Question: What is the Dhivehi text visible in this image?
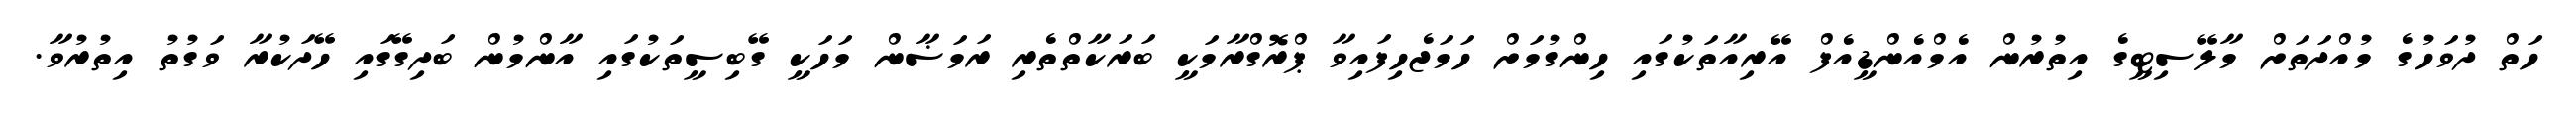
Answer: ހަތް ދުވަހުގެ މުއްދަތަށް މާލޭސިޓީގެ އިތުރުން އެމްއެންޑީއެފް އޭރިއާތަކުގައި ހިންގުމަށް ހަމަޖެހިފައިވާ ޕްރޮގްރާމަކީ ބަރަކާތްތެރި ރަމަޟާން މަހަކީ ގޭބިސީތަކުގައި އާންމުން ބަދިގޭގައި ހޭދަކުރާ ވަގުތު އިތުރުވާ.